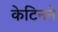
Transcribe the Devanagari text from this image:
केटिनने